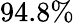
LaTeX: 94.8\%